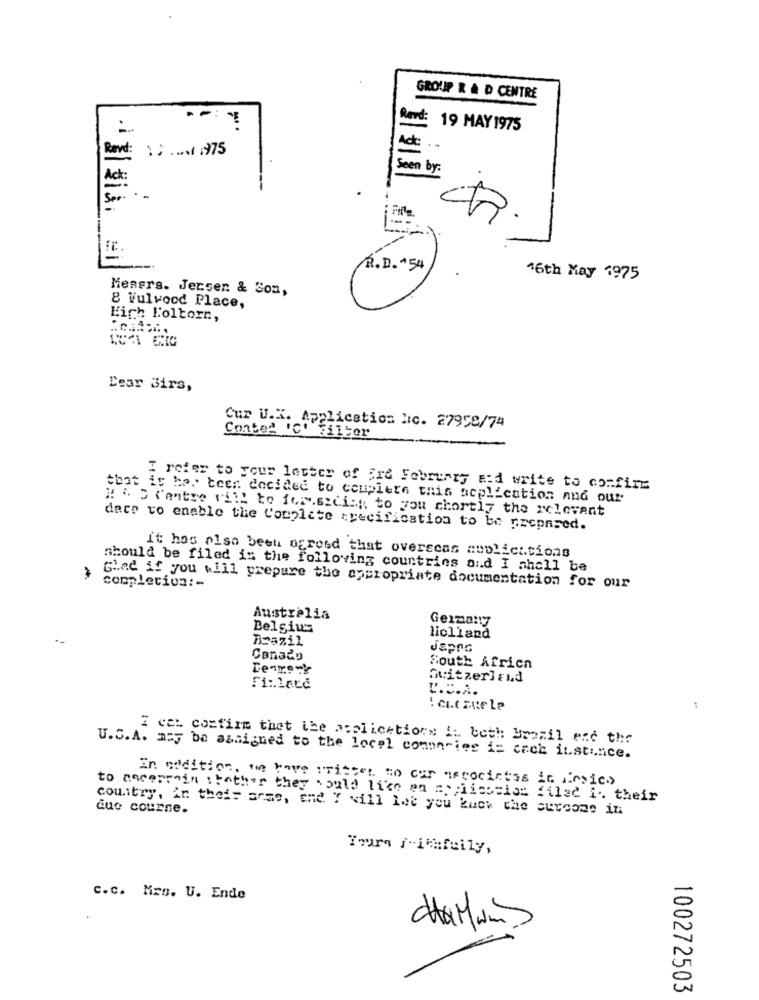
GROUP R & D CENTRE
...
Revd: 19 MAY1975
Rovd:
15 ..... . 975
Seen by:
-
R. D. "54
16th May 1975
Messrs. Jecser. & Son,
8 Wulwood Place,
Eich Loltorn,
Dear Sirs,
Cur U.X. Application lic. 27958/74
Coated 'c' Filter
I refer to your letter of Ere February a:d write to confirm
that it bes teen decided to couplers this application and our
" " " Centse vill to forv.excia; to you shortly the relevant
dare to enable the Complete specification to be prepared.
it hos also been ogresd that overscas auplici.tions
should be filed is the following countries and I shall be
Glad if you will prepare the appropriate documentation for our
completion :-
Australia
Germany
Belgius
Brazil
liclland
Japro
Conado
South Africa
Guitzerland
Fi :. 1até
L.C.A.
:
I cel confirm that the acolications I. beth Broall end the
U.S.A. may be assigned to the locel comun"ies i= cack instance.
In addition, we have written to car arcocintas in sico
to ancerrain :bother they would like en applicocios filed i. their
country, in their anse, che Y vill let you kuch the Surcome in
que course.
Tours f-ithfeily,
C.c. Mrs. U. Ende
charm
100272503